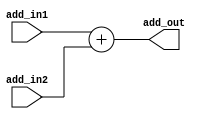
`timescale 1ns / 1ps
/* adder.v */
module adder(
    input	wire	[31:0]	add_in1,
    input	wire	[31:0]	add_in2,
    output	wire	[31:0]	add_out
    );
	 
	assign add_out = add_in1+add_in2;//Let you figure this one out;

endmodule